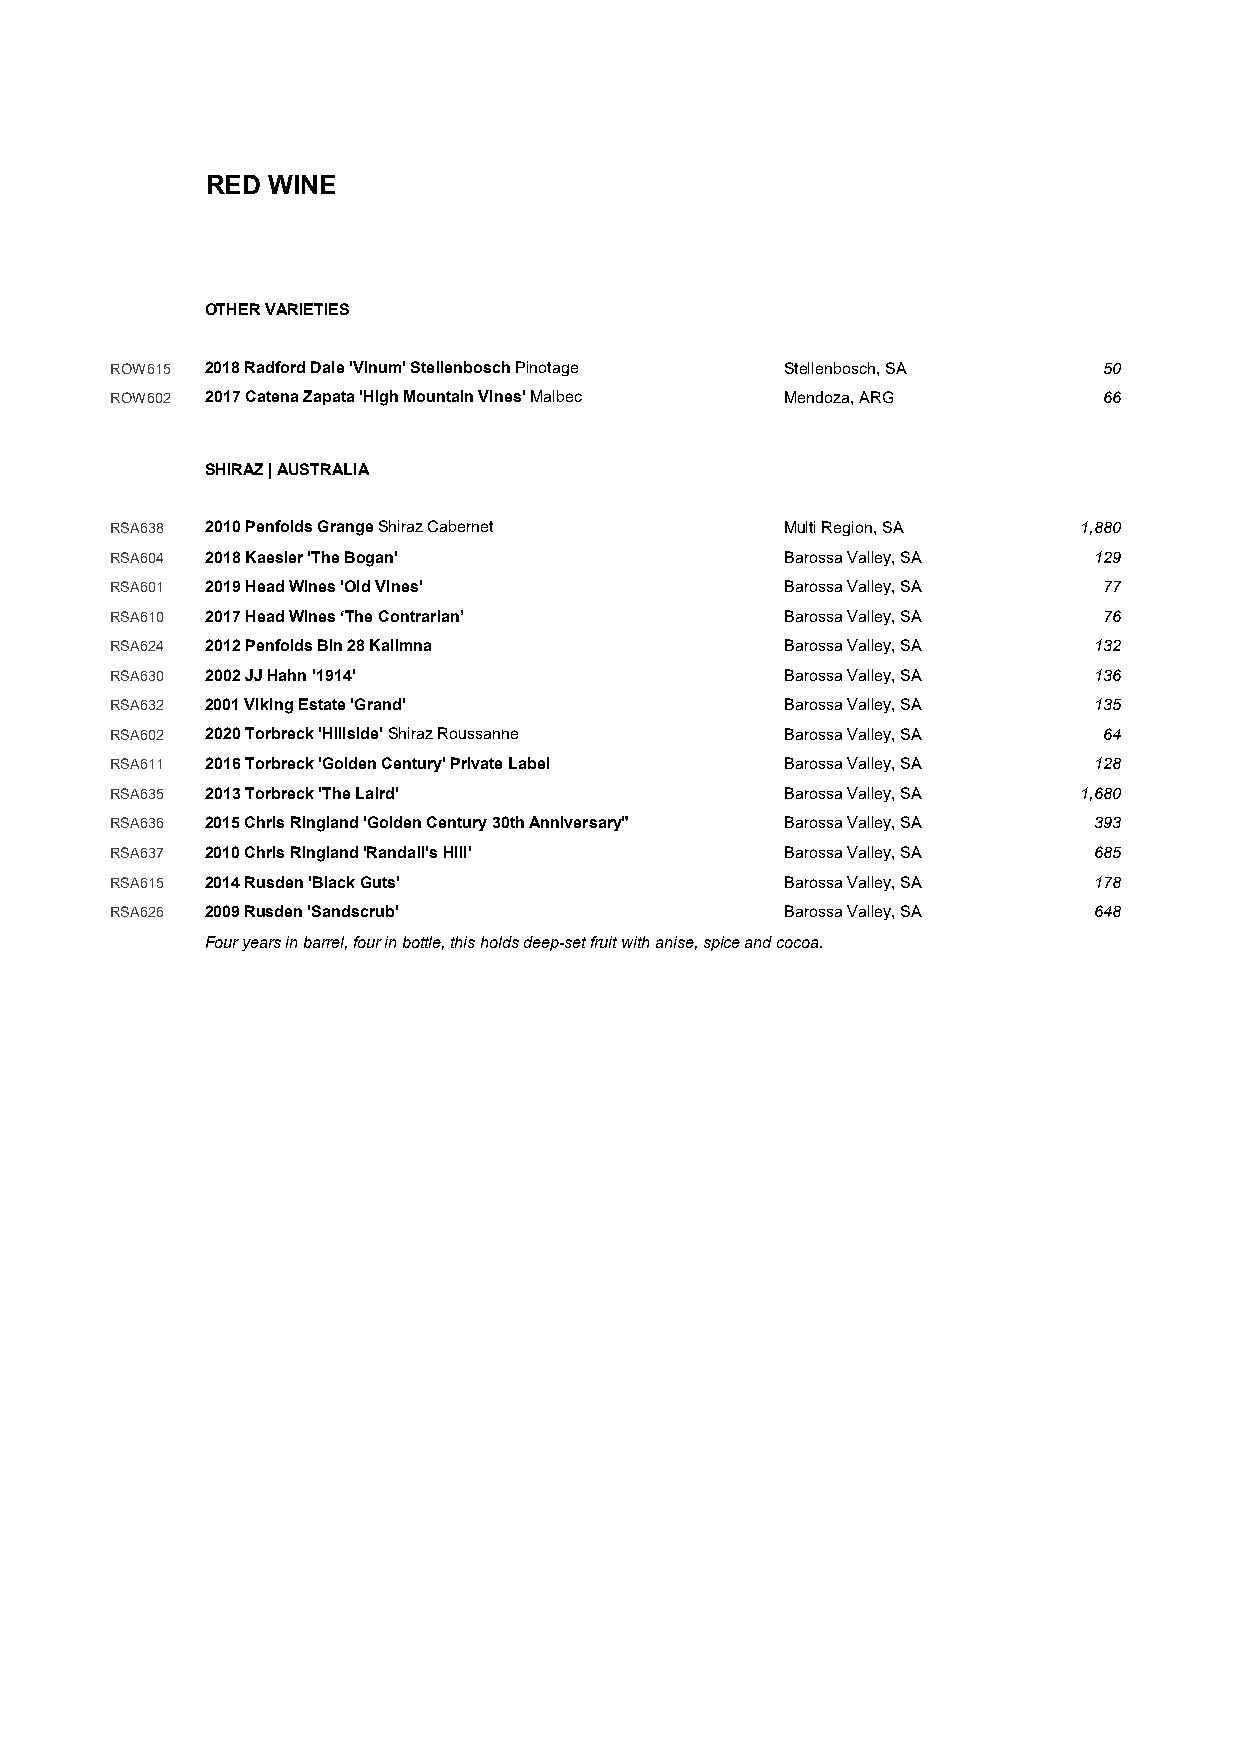
RED WINE
 OTHER VARIETIES
 ROW615 2018 Radford Dale 'Vinum' Stellenbosch Pinotage Stellenbosch, SA 50
 ROW602 2017 Catena Zapata 'High Mountain Vines' Malbec Mendoza, ARG 66
 SHIRAZ | AUSTRALIA
 RSA638 2010 Penfolds Grange Shiraz Cabernet  Multi Region, SA   1,880
 RSA604 2018 Kaesler 'The Bogan'              Barossa Valley, SA  129
 RSA601 2019 Head Wines 'Old Vines'           Barossa Valley, SA   77
 RSA610 2017 Head Wines ‘The Contrarian’      Barossa Valley, SA   76
 RSA624 2012 Penfolds Bin 28 Kalimna          Barossa Valley, SA  132
 RSA630 2002 JJ Hahn '1914'                   Barossa Valley, SA  136
 RSA632 2001 Viking Estate 'Grand'            Barossa Valley, SA  135
 RSA602 2020 Torbreck 'Hillside' Shiraz Roussanne Barossa Valley, SA 64
 RSA611 2016 Torbreck 'Golden Century' Private Label Barossa Valley, SA 128
 RSA635 2013 Torbreck 'The Laird'             Barossa Valley, SA 1,680
 RSA636 2015 Chris Ringland 'Golden Century 30th Anniversary" Barossa Valley, SA 393
 RSA637 2010 Chris Ringland 'Randall's Hill'  Barossa Valley, SA  685
 RSA615 2014 Rusden 'Black Guts'              Barossa Valley, SA  178
 RSA626 2009 Rusden 'Sandscrub'               Barossa Valley, SA  648
 Four years in barrel, four in bottle, this holds deep-set fruit with anise, spice and cocoa.